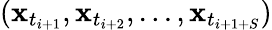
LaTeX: (\mathbf{x}_{t_{i+1}},\mathbf{x}_{t_{i+2}},...,\mathbf{x}_{t_{i+1+S}})